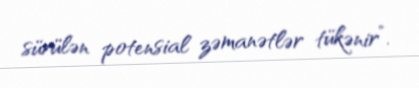
sürülən potensial zəmanətlər tükənir”.